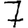
Digit: 7